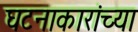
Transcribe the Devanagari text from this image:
घटनाकारांच्या